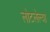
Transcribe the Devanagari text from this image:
लोटलेल्या